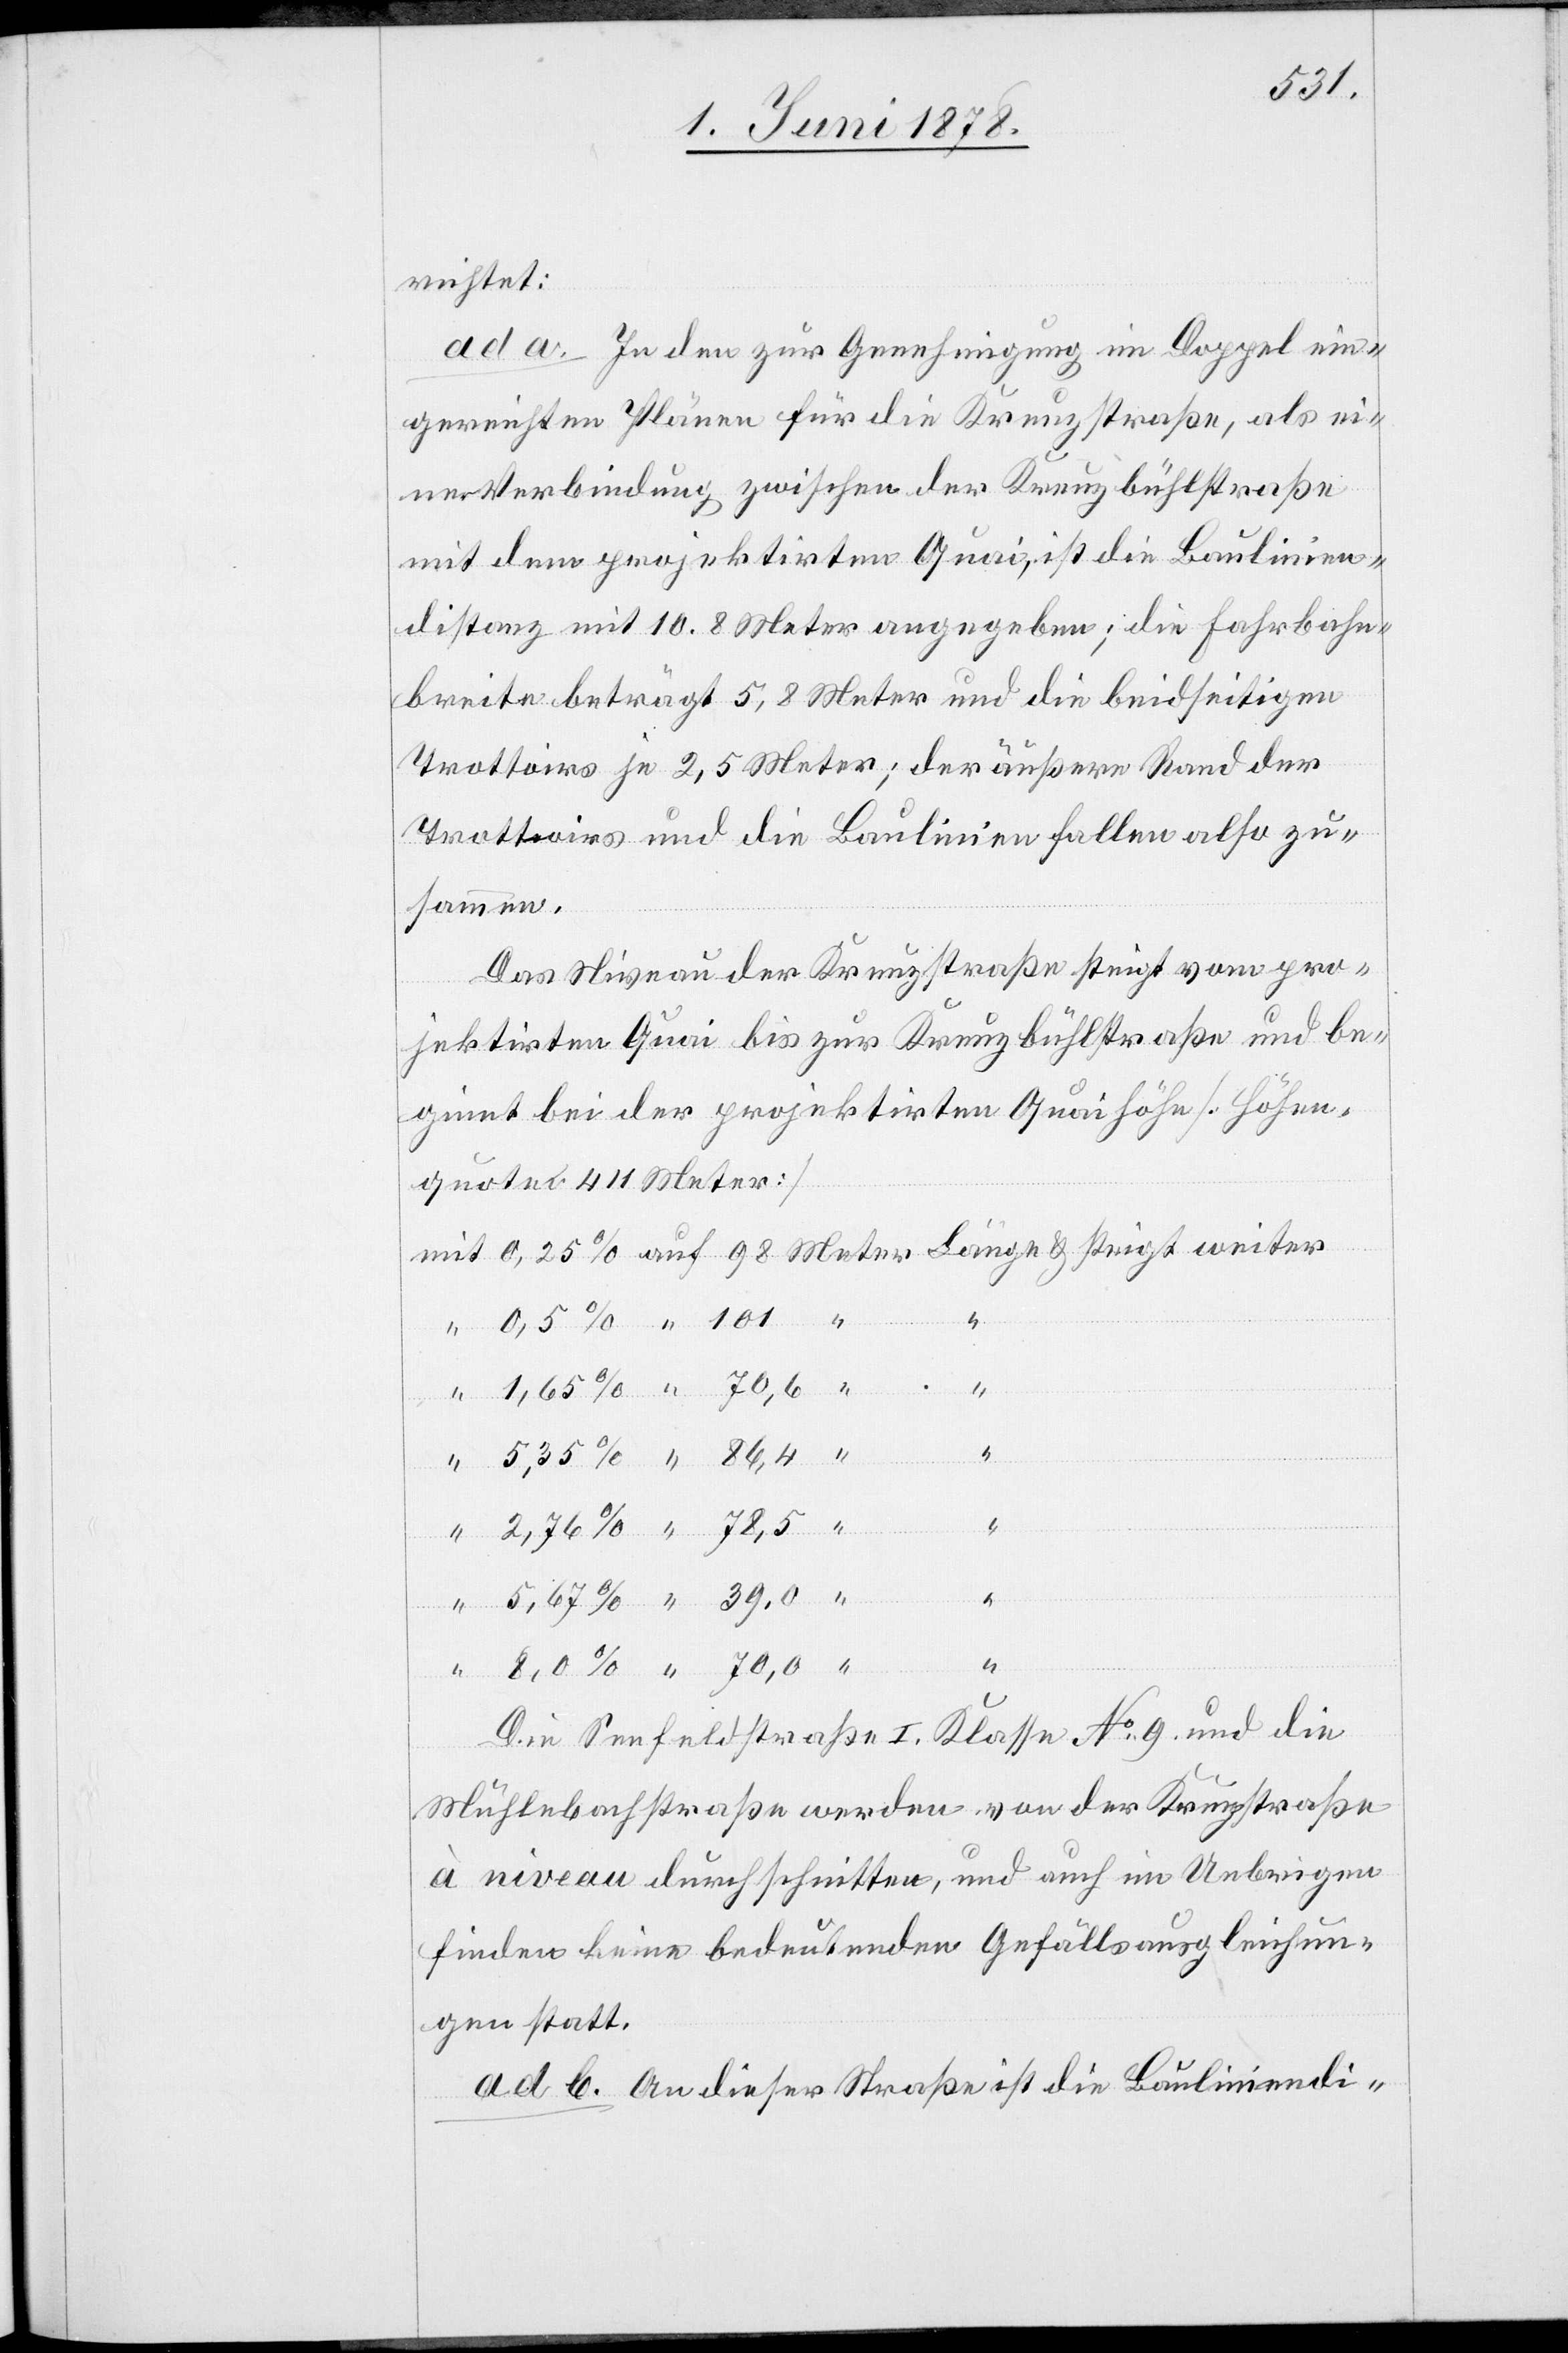
richtet:
ad a. In den zur Genehmigung im Doppel ein¬
gereichten Plänen für die Kreuzstraße, als ei¬
ner Verbindung zwischen der Kreuzbühlstraße
mit dem projektirten Quai, ist die Baulinien¬
distanz mit 10.8 Meter angegeben; die Fahrbahn¬
breite beträgt 5,8 Meter und die beidseitigen
Trottoirs je 2,5 Meter; der äußere Rand der
Trottoirs und die Baulinien fallen also zu¬
sammen.
Das Niveau der Kreuzstraße steigt vom pro¬
jektirten Quai bis zur Kreuzbühlstraße und be¬
ginnt bei der projektirten Quaihöhe [Höhen¬
quoten 411 Meter]
&
101
Die Seefeldstraße I. Klasse No 9 und die
Mühlebachstraße werden von der Kreuzstraße
à niveau durchschnitten, und auch im Uebrigen
finden keine bedeutenden Gefällsausgleichun¬
gen statt.
ad b. An dieser Straße ist die Bauliniendi-